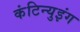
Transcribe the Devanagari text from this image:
कंटिन्युइंग